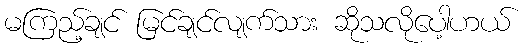
မကြည့်ချင် မြင်ချင်လျက်သား ဆိုသလိုပေါ့ဟယ်